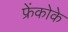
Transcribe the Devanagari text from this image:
फ्रेंकोके